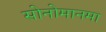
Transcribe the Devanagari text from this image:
सोनोमानमा